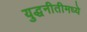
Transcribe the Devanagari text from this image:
युद्धनीतीमध्ये